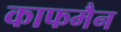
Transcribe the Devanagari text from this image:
काफमैन